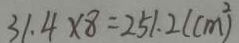
3 1 . 4 \times 8 = 2 5 1 . 2 ( c m ^ { 2 } )